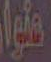
عنوان